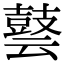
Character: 𪔎